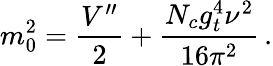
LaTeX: m_{0}^{2}=\frac{V^{\prime\prime}}{2}+\frac{N_{c}g_{t}^{4}\nu^{2}}{16\pi^{2}}\, .